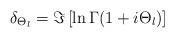
LaTeX: \begin{align*}\delta_{\Theta_{l}}=\Im \left[ \ln \Gamma (1+i\Theta_{l}) \right]\;\end{align*}